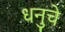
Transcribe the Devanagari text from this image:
धनुचे